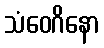
သံဝေဂိနော